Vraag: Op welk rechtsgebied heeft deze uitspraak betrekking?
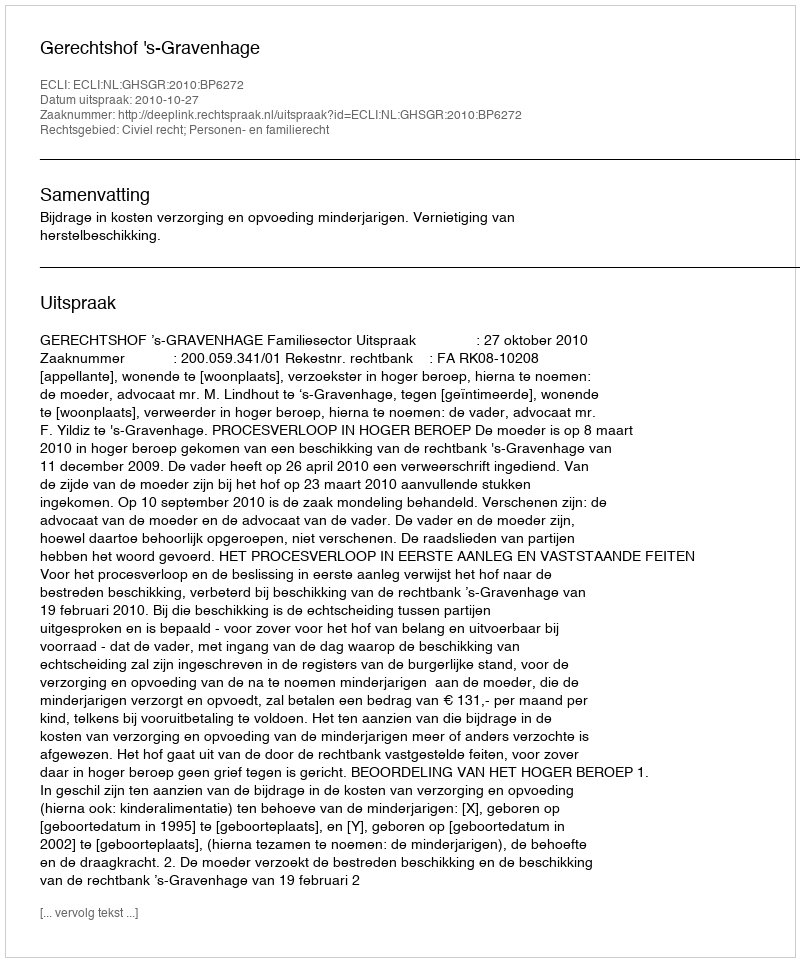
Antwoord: Civiel recht; Personen- en familierecht